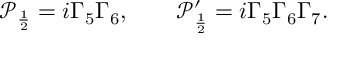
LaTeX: \mathcal { P } _ { \frac { 1 } { 2 } } = i \Gamma _ { 5 } \Gamma _ { 6 } , \qquad \mathcal { P } _ { \frac { 1 } { 2 } } ^ { \prime } = i \Gamma _ { 5 } \Gamma _ { 6 } \Gamma _ { 7 } .